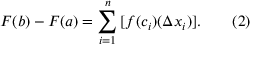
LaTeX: F ( b ) - F ( a ) = \sum _ { i = 1 } ^ { n } \, [ f ( c _ { i } ) ( \Delta x _ { i } ) ] . \qquad ( 2 )